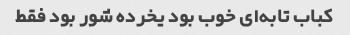
کباب تابه‌ای خوب بود یخرده شور بود فقط